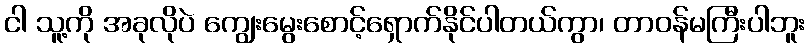
ငါ သူ့ကို အခုလိုပဲ ကျွေးမွေးစောင့်ရှောက်နိုင်ပါတယ်ကွာ၊ တာဝန်မကြီးပါဘူး